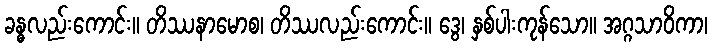
ခန္ဓလည်းကောင်း။ တိဿနာမောစ၊ တိဿလည်းကောင်း။ ဒွေ၊ နှစ်ပါးကုန်သော။ အဂ္ဂသာဝိကာ၊